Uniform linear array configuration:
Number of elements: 24
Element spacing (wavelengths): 0.75
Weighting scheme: exponential
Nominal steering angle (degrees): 30
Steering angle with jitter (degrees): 31.112
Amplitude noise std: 0.05
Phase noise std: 0.05

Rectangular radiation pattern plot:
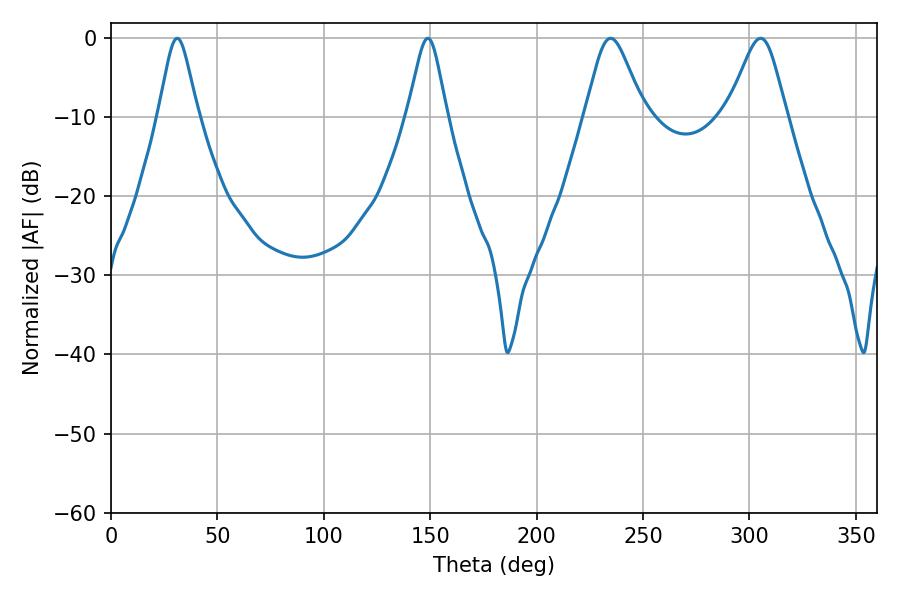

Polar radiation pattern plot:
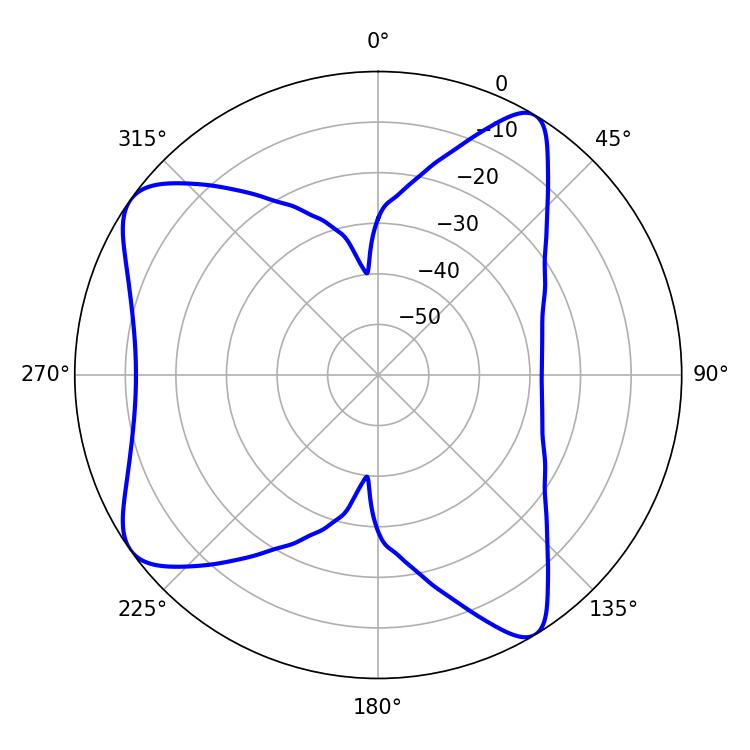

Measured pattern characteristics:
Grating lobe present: TRUE
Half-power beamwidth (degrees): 13.5
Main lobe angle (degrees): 234.72